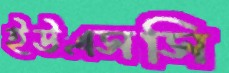
ইউএসসি